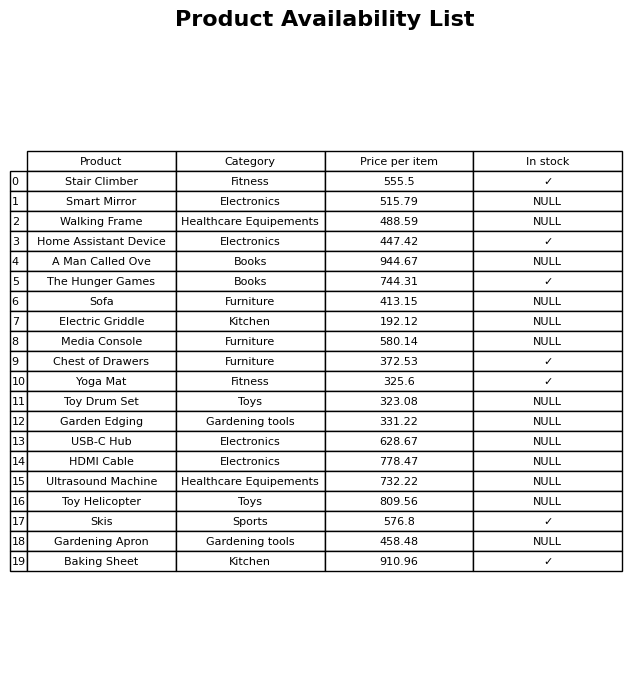
question: Which products are currently out of stock?
answer: Smart Mirror, Walking Frame, A Man Called Ove, Sofa, Electric Griddle, Media Console, Toy Drum Set, Garden Edging, USB-C Hub, HDMI Cable, Ultrasound Machine, Toy Helicopter, Gardening Apron